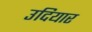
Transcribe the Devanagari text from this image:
उदियार